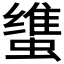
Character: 𰳚